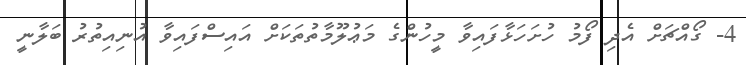
4- ގޯއްޗަށް އެދި ފޯމު ހުށަހަޅާފައިވާ މީހުންގެ މަޢުލޫމާތުތަކަށް އައިސްފައިވާ އުނިއިތުރު ބަލާނީ